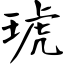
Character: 琥